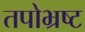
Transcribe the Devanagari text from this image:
तपोभ्रष्ट